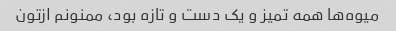
میوه‌ها همه تمیز و یک دست و تازه بود، ممنونم ازتون